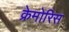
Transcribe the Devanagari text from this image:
क्रेमोरिस